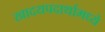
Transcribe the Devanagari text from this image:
खादयपदार्थामध्ये